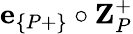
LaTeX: \textbf{e}_{\{ P+\} }\circ\textbf{Z}_{P}^{+}